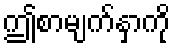
ဤစာမျက်နှာကို